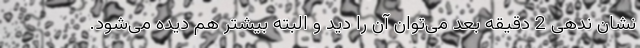
نشان ندهی 2 دقیقه بعد می‌توان آن را دید و البته بیشتر هم دیده می‌شود.